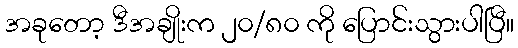
အခုတော့ ဒီအချိုးက ၂၀/၈၀ ကို ပြောင်းသွားပါပြီ။